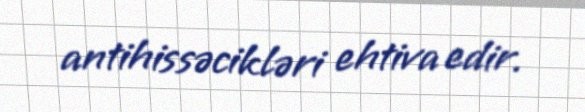
antihissəcikləri ehtiva edir.